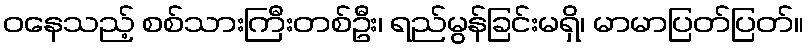
ဝနေသည့် စစ်သားကြီးတစ်ဦး၊ ရည်မွန်ခြင်းမရှိ၊ မာမာပြတ်ပြတ်။